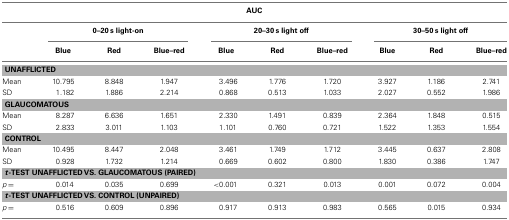
| <COLSPAN=10> AUC |
 |  | <COLSPAN=3> 0–20 s light-on | <COLSPAN=3> 20–30 s light off | <COLSPAN=3> 30–50 s light off |
 |  | Blue | Red | Blue–red | Blue | Red | Blue–red | Blue | Red | Blue–red |
 | --- | --- | --- | --- | --- | --- | --- | --- | --- | --- |
 | <COLSPAN=10> UNAFFLICTED |
 | Mean | 10.795 | 8.848 | 1.947 | 3.496 | 1.776 | 1.720 | 3.927 | 1.186 | 2.741 |
 | SD | 1.182 | 1.886 | 2.214 | 0.868 | 0.513 | 1.033 | 2.027 | 0.552 | 1.986 |
 | <COLSPAN=10> GLAUCOMATOUS |
 | Mean | 8.287 | 6.636 | 1.651 | 2.330 | 1.491 | 0.839 | 2.364 | 1.848 | 0.515 |
 | SD | 2.833 | 3.011 | 1.103 | 1.101 | 0.760 | 0.721 | 1.522 | 1.353 | 1.554 |
 | <COLSPAN=10> CONTROL |
 | Mean | 10.495 | 8.447 | 2.048 | 3.461 | 1.749 | 1.712 | 3.445 | 0.637 | 2.808 |
 | SD | 0.928 | 1.732 | 1.214 | 0.669 | 0.602 | 0.800 | 1.830 | 0.386 | 1.747 |
 | <COLSPAN=10> t-TEST UNAFFLICTED VS. GLAUCOMATOUS (PAIRED) |
 | p = | 0.014 | 0.035 | 0.699 | <0.001 | 0.321 | 0.013 | 0.001 | 0.072 | 0.004 |
 | <COLSPAN=10> t-TEST UNAFFLICTED VS. CONTROL (UNPAIRED) |
 | p = | 0.516 | 0.609 | 0.896 | 0.917 | 0.913 | 0.983 | 0.565 | 0.015 | 0.934 |